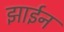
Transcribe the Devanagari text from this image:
झाईन